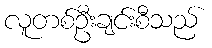
လူတစ်ဦးချင်းစီသည်